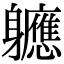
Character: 軈